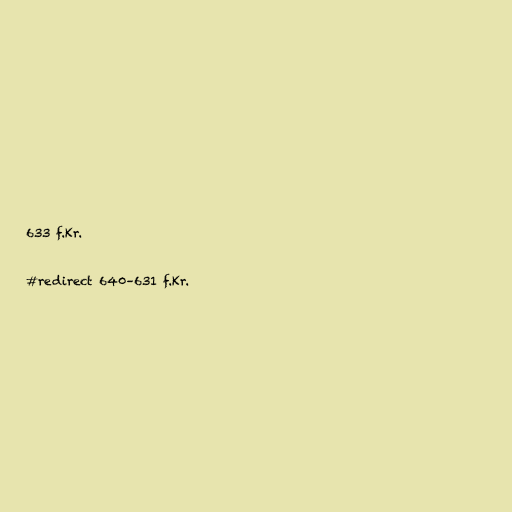
633 f.Kr.

#redirect 640–631 f.Kr.